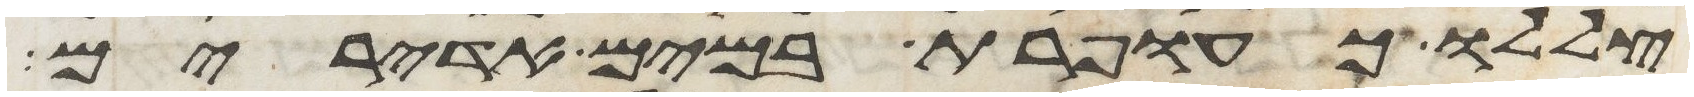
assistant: צללו כעופרת במים אדירים